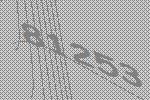
81253